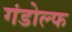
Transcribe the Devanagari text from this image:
गंडोल्फ